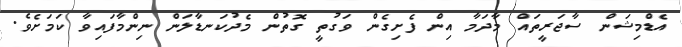
އެޑްމިޝަން ސާޖަރީތައް މާދަމާ އިން ފެށިގެން ވަގުތީ ގޮތުން މެދުކަނޑާލަން ނިންމާފައިވާ ކަމަށެވެ.